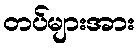
တပ်များအား